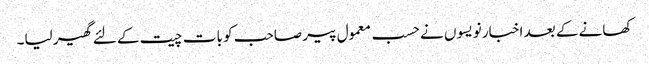
کھانے کے بعد اخبار نویسوں نے حسب معمول پیر صاحب کو بات چیت کے لئے گھیر لیا۔